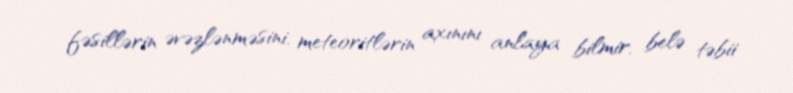
fəsillərin əvəzlənməsini, meteoritlərin axınını anlaya bilmir, belə təbii